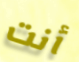
أنت